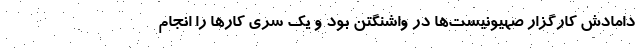
دامادش کارگزار صهیونیست‌ها در واشنگتن بود و یک سری کارها را انجام